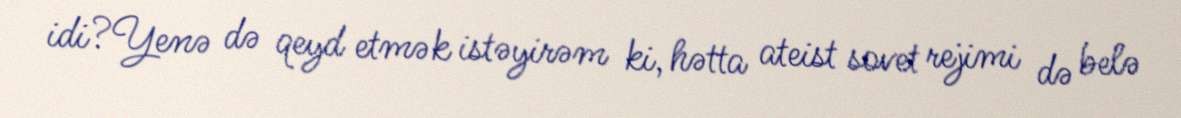
idi?Yenə də qeyd etmək istəyirəm ki, hətta ateist sovet rejimi də belə